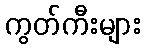
ကွတ်ကီးများ